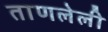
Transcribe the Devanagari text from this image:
ताणलेली